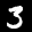
Label: 3